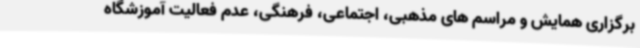
برگزاری همایش و مراسم های مذهبی، اجتماعی، فرهنگی، عدم فعالیت آموزشگاه